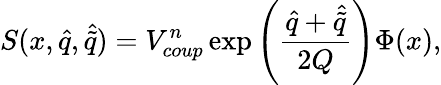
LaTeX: S(x,\hat{q},\hat{\tilde{q}})=V_{coup}^{n}\exp\left({\frac{\hat{q}+\hat{\tilde{q}}}{2Q}}\right)\Phi(x),